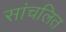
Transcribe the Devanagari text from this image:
सांचलित